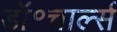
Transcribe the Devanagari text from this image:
डॉ॰चार्ल्स